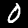
Label: 0